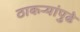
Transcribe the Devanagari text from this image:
ठाकऱ्यांपुढे